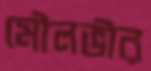
মৌলভীর